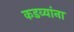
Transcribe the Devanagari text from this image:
कडव्यांना